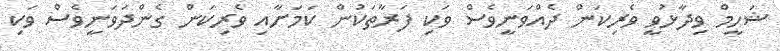
ޝަހީމް ވިދާޅުވީ ވެރިކަން ދެއްވަނީވެސް ވަކި ފަރާތަކުން ކަމަށާއި ވެރިކަން ގެންދަވަނީވެސް ވަކި